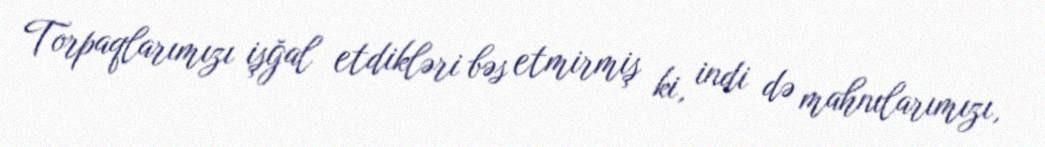
Torpaqlarımızı işğal etdikləri bəs etmirmiş ki, indi də mahnılarımızı,